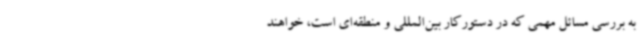
به بررسی مسائل مهمی که در دستورکار بین‌المللی و منطقه‌ای است، خواهند